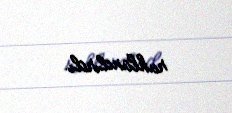
ruhlandırdı.